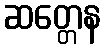
ဆတ္တေန